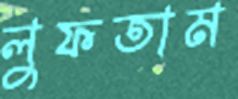
লুফতাম